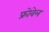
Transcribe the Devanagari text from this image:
फ्रोवेल